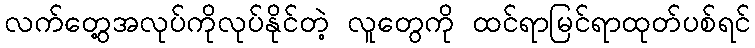
လက်တွေ့အလုပ်ကိုလုပ်နိုင်တဲ့ လူတွေကို ထင်ရာမြင်ရာထုတ်ပစ်ရင်